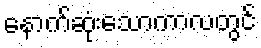
နောက်ဆုံးသောကာလတွင်